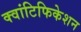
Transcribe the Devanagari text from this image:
क्वांटिफिकेशन